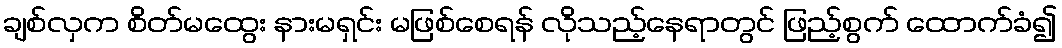
ချစ်လှက စိတ်မထွေး နားမရှင်း မဖြစ်စေရန် လိုသည့်နေရာတွင် ဖြည့်စွက် ထောက်ခံ၍